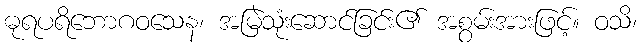
ဓုရပရိဘောဂဝသေန၊ အမြဲသုံးဆောင်ခြင်း၏ အစွမ်းအားဖြင့်။ ဝသိ၊